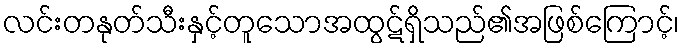
လင်းတနုတ်သီးနှင့်တူသောအထွဋ်ရှိသည်၏အဖြစ်ကြောင့်၊